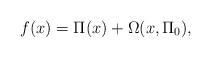
LaTeX: \begin{align*}f(x)=\Pi(x)+\Omega(x,\Pi_{0}),\end{align*}